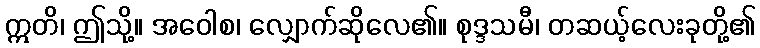
ဣတိ၊ ဤသို့။ အဝေါစ၊ လျှောက်ဆိုလေ၏။ စုဒ္ဒသမီ၊ တဆယ့်လေးခုတို့၏